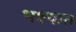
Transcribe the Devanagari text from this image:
भक्ष्यात